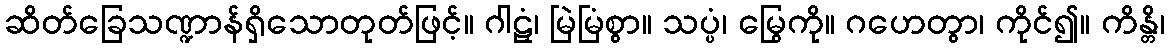
ဆိတ်ခြေသဏ္ဍာန်ရှိသောတုတ်ဖြင့်။ ဂါဠှံ၊ မြဲမြံစွာ။ သပ္ပံ၊ မြွေကို။ ဂဟေတွာ၊ ကိုင်၍။ ကိန္တိ၊